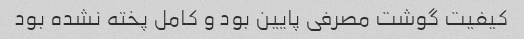
کیفیت گوشت مصرفی پایین بود و کامل پخته نشده بود